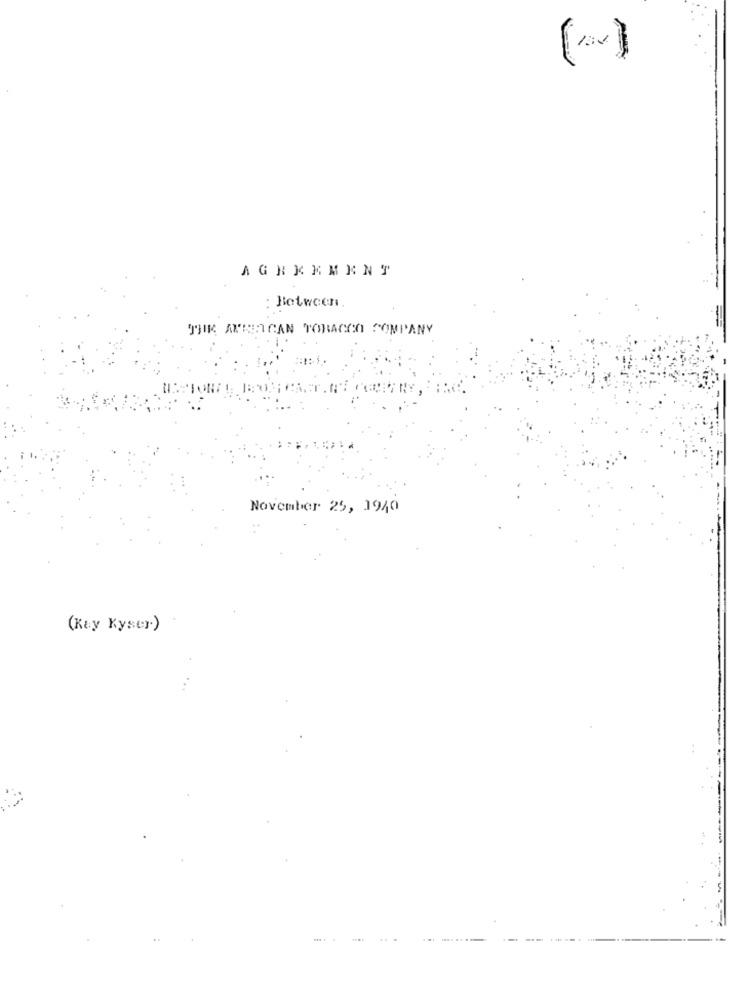
AGREEMENT
: Between
THIR ANBEICAN TORAGOA COMPANY
November 25, 1940
(Ray Kyser)
.... .